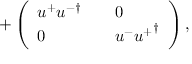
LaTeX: + \left( \begin{array} { l l l } { { u ^ { + } { u ^ { - } } ^ { \dagger } } } & { { } } & { { 0 } } \\ { { 0 } } & { { } } & { { u ^ { - } { u ^ { + } } ^ { \dagger } } } \end{array} \right) ,